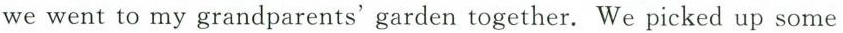
we went to my grandparents'garden together. We picked up some